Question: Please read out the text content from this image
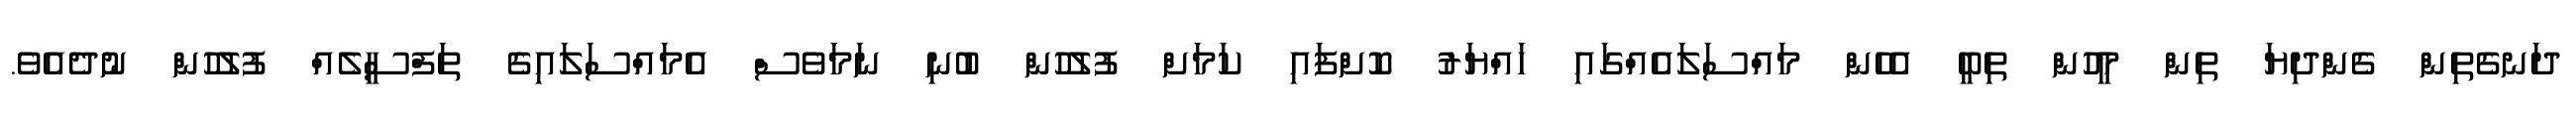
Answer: ދަނގެތިން ގެންދިޔަ ތިން މީހުން ތިބީ އެހެން މައްސަލައެއްގައި ހައްޔަރު ކޮށްފައި ކަމަށް ފުލުހުން ބުނި ނަމަވެސް އެމައްސަލައިގެ ތަފްސީލެއް ފުލުހުން ނުދެއެވެ.